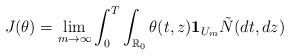
LaTeX: \begin{align*}J(\theta) = \lim_{m\rightarrow\infty}\int_0^T\int_{\mathbb{R}_0}\theta(t, z)\mathbf{1}_{U_m}\tilde{N}(dt, dz)\end{align*}